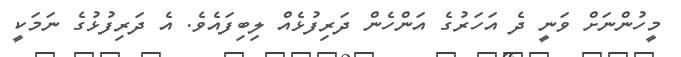
މީހުންނަށް ވަނީ ދެ އަހަރުގެ އަންހެން ދަރިފުޅެއް ލިބިފައެވެ. އެ ދަރިފުޅުގެ ނަމަކީ